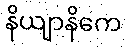
နိယျာနိကေ